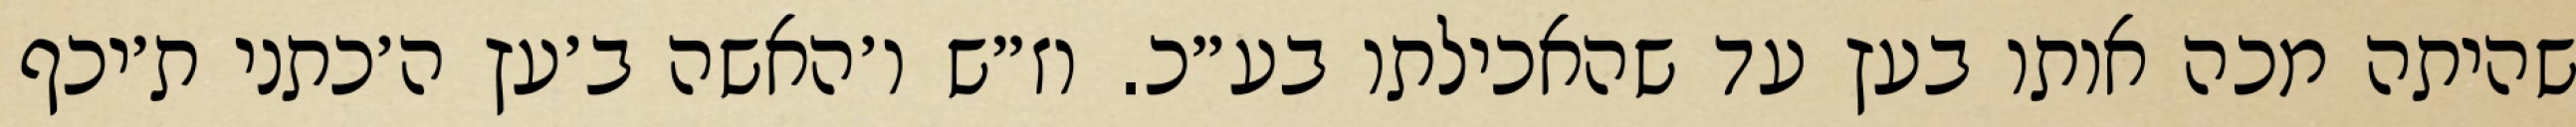
שהיתה מכה אותו בעץ עד שהאכילתו בע״כ. וז״ש ו׳האשה ב׳עץ ה׳כתני ת׳יכף